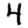
Digit: 4